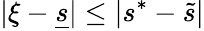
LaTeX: |\xi-\underline{{s}}|\leq|s^{*}-\widetilde s|